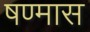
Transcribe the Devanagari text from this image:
षण्मास